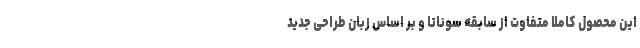
این محصول کاملا متفاوت از سابقه سوناتا و بر اساس زبان طراحی جدید